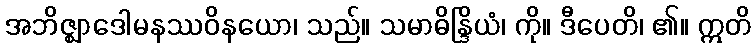
အဘိဇ္ဈာဒေါမနဿဝိနယော၊ သည်။ သမာဓိန္ဒြိယံ၊ ကို။ ဒီပေတိ၊ ၏။ ဣတိ